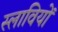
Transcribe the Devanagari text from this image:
स्लावियों